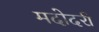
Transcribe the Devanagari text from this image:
मदोदरी